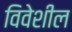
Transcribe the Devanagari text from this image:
विवेशील